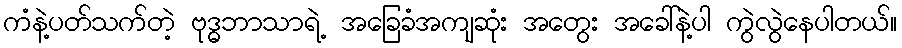
ကံနဲ့ပတ်သက်တဲ့ ဗုဒ္ဓဘာသာရဲ့ အခြေခံအကျဆုံး အတွေး အခေါ်နဲ့ပါ ကွဲလွဲနေပါတယ်။